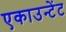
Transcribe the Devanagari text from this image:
एकाउन्टेंट